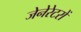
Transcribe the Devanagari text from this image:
जेनेरेटरों